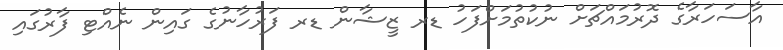
އާސަހަރާގެ ދޮރުމައްޗަށް ނުކުތުމަށްފަހު ޑރ ޒީޝާން ޑރ ފަރުހާނުގެ ގައިން ނެއްޓި ފާރުގައި